King Institute of Preventive Medicine Bacteriolog. Section reports 1907-08
Year: 1907
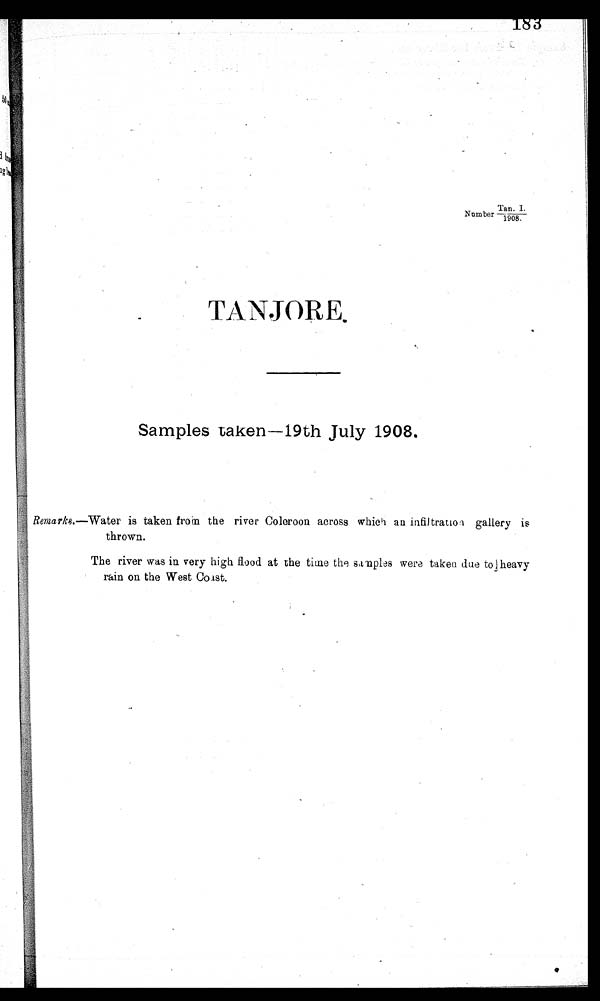
.
i.
Tan. I.
Number 1908.
.
TANJORE.
Samples taken— 19th July 1908.
Remarks.—Water is taken from the river Coleroon across which an infiltration gallery is
thrown.
The river was in very high flood at the time the samples were taken due to heavy
rain on the West Coast.